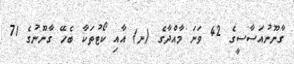
ގާނޫނުއަސާސީގެ 42 ވަނަ މާއްދާގެ (ނ) އާއި ކޯޓުތަކާ ބެހޭ ގާނޫނުގެ 71